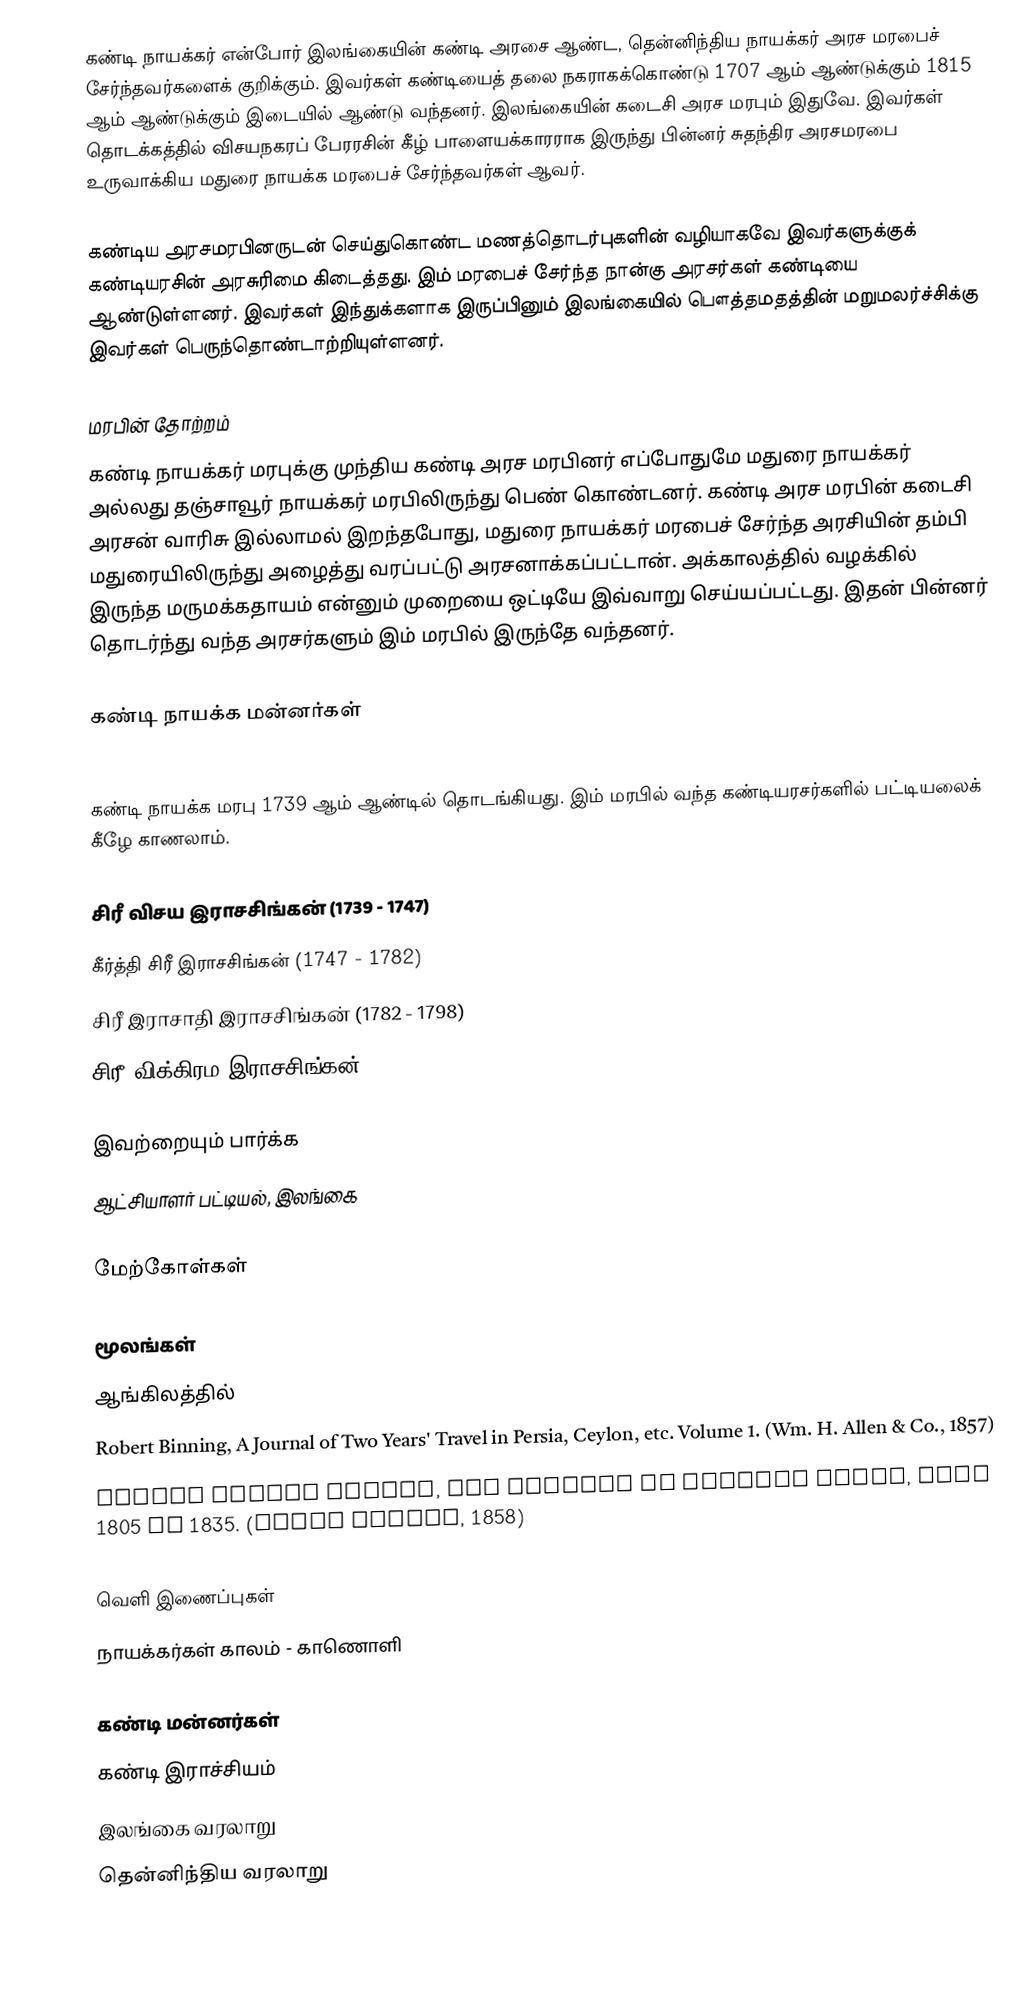
கண்டி நாயக்கர் என்போர் இலங்கையின் கண்டி அரசை ஆண்ட, தென்னிந்திய நாயக்கர் அரச மரபைச் சேர்ந்தவர்களைக் குறிக்கும். இவர்கள் கண்டியைத் தலை நகராகக்கொண்டு 1707 ஆம் ஆண்டுக்கும் 1815 ஆம் ஆண்டுக்கும் இடையில் ஆண்டு வந்தனர். இலங்கையின் கடைசி அரச மரபும் இதுவே. இவர்கள் தொடக்கத்தில் விசயநகரப் பேரரசின் கீழ் பாளையக்காரராக இருந்து பின்னர் சுதந்திர அரசமரபை உருவாக்கிய மதுரை நாயக்க மரபைச் சேர்ந்தவர்கள் ஆவர்.

கண்டிய அரசமரபினருடன் செய்துகொண்ட மணத்தொடர்புகளின் வழியாகவே இவர்களுக்குக்  கண்டியரசின் அரசுரிமை கிடைத்தது. இம் மரபைச் சேர்ந்த நான்கு அரசர்கள் கண்டியை ஆண்டுள்ளனர். இவர்கள் இந்துக்களாக இருப்பினும் இலங்கையில் பௌத்தமதத்தின் மறுமலர்ச்சிக்கு இவர்கள் பெருந்தொண்டாற்றியுள்ளனர்.

மரபின் தோற்றம்
கண்டி நாயக்கர் மரபுக்கு முந்திய கண்டி அரச மரபினர் எப்போதுமே மதுரை நாயக்கர் அல்லது தஞ்சாவூர் நாயக்கர் மரபிலிருந்து பெண் கொண்டனர். கண்டி அரச மரபின் கடைசி அரசன் வாரிசு இல்லாமல் இறந்தபோது, மதுரை நாயக்கர் மரபைச் சேர்ந்த  அரசியின் தம்பி மதுரையிலிருந்து  அழைத்து வரப்பட்டு அரசனாக்கப்பட்டான். அக்காலத்தில் வழக்கில் இருந்த மருமக்கதாயம் என்னும் முறையை ஒட்டியே இவ்வாறு செய்யப்பட்டது. இதன் பின்னர் தொடர்ந்து வந்த அரசர்களும் இம் மரபில் இருந்தே வந்தனர்.

கண்டி நாயக்க மன்னர்கள்

கண்டி நாயக்க மரபு 1739 ஆம் ஆண்டில் தொடங்கியது. இம் மரபில் வந்த கண்டியரசர்களில் பட்டியலைக் கீழே காணலாம்.

 சிரீ விசய இராசசிங்கன் (1739 - 1747)
 கீர்த்தி சிரீ இராசசிங்கன் (1747 - 1782)
 சிரீ இராசாதி இராசசிங்கன் (1782 - 1798)
 சிரீ விக்கிரம இராசசிங்கன் (1798 - 1815)

இவற்றையும் பார்க்க
ஆட்சியாளர் பட்டியல், இலங்கை

மேற்கோள்கள்

மூலங்கள்
ஆங்கிலத்தில்
 Robert Binning, A Journal of Two Years' Travel in Persia, Ceylon, etc. Volume 1. (Wm. H. Allen & Co., 1857)
 Horace Hayman Wilson, The history of British India, from 1805 to 1835. (James Madden, 1858)

வெளி இணைப்புகள்
 நாயக்கர்கள் காலம் - காணொளி

கண்டி மன்னர்கள்
கண்டி இராச்சியம்
இலங்கை வரலாறு
தென்னிந்திய வரலாறு